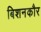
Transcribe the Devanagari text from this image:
बिशनकौर